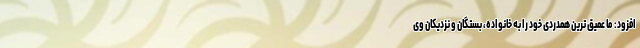
افزود: ما عمیق ترین همدردی خود را به خانواده، بستگان و نزدیکان وی